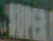
SUPER